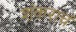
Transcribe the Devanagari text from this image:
शंकराचं